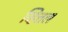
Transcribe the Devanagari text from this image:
व्हित्तल